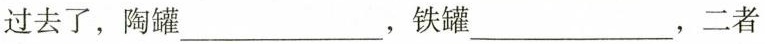
过去了，陶罐___，铁罐___，二者